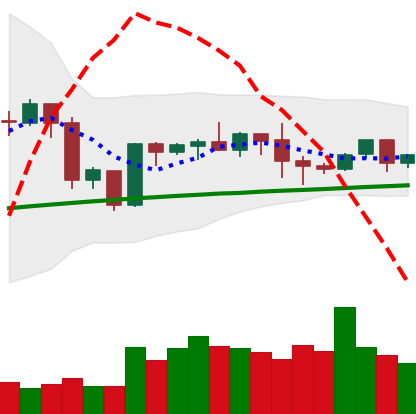
Ticker: BTC-USD
Chart end date: 2020-10-07
Forward return: 8.308%
Label: up_7plus